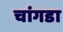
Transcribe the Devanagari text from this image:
चांगडा